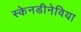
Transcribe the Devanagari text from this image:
स्केनडीनेविया